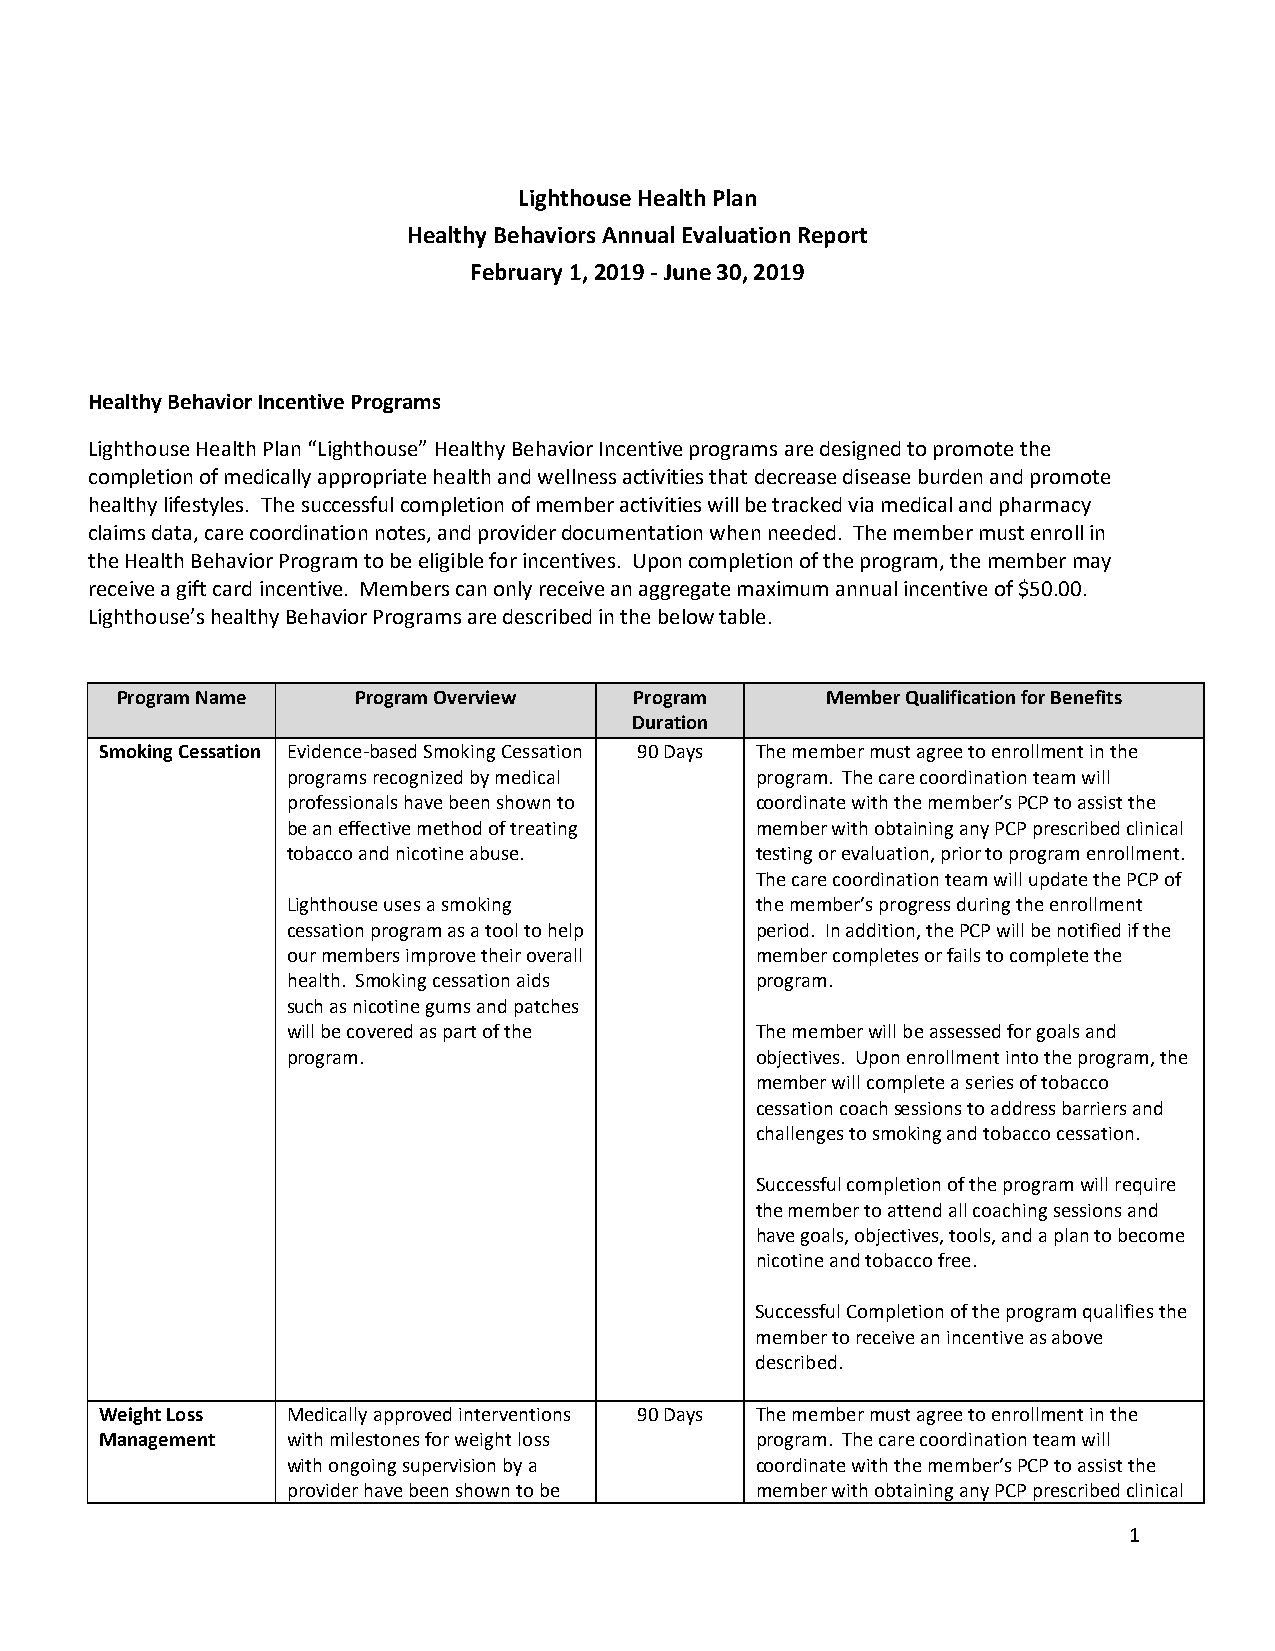
Lighthouse Health Plan
 Healthy Behaviors Annual Evaluation Report
 February 1, 2019 - June 30, 2019
 Healthy Behavior Incentive Programs
 Lighthouse Health Plan “Lighthouse” Healthy Behavior Incentive programs are designed to promote the
 completion of medically appropriate health and wellness activities that decrease disease burden and promote
 healthy lifestyles. The successful completion of member activities will be tracked via medical and pharmacy
 claims data, care coordination notes, and provider documentation when needed. The member must enroll in
 the Health Behavior Program to be eligible for incentives. Upon completion of the program, the member may
 receive a gift card incentive. Members can only receive an aggregate maximum annual incentive of $50.00.
 Lighthouse’s healthy Behavior Programs are described in the below table.
 Program Name   Program Overview   Program      Member Qualification for Benefits
 Duration
 Smoking Cessation Evidence-based Smoking Cessation 90 Days The member must agree to enrollment in the
 programs recognized by medical program. The care coordination team will
 professionals have been shown to coordinate with the member’s PCP to assist the
 be an effective method of treating member with obtaining any PCP prescribed clinical
 tobacco and nicotine abuse.    testing or evaluation, prior to program enrollment.
 The care coordination team will update the PCP of
 Lighthouse uses a smoking      the member’s progress during the enrollment
 cessation program as a tool to help period. In addition, the PCP will be notified if the
 our members improve their overall member completes or fails to complete the
 health. Smoking cessation aids program.
 such as nicotine gums and patches
 will be covered as part of the The member will be assessed for goals and
 program.                       objectives. Upon enrollment into the program, the
 member will complete a series of tobacco
 cessation coach sessions to address barriers and
 challenges to smoking and tobacco cessation.
 Successful completion of the program will require
 the member to attend all coaching sessions and
 have goals, objectives, tools, and a plan to become
 nicotine and tobacco free.
 Successful Completion of the program qualifies the
 member to receive an incentive as above
 described.
 Weight Loss Medically approved interventions 90 Days The member must agree to enrollment in the
 Management  with milestones for weight loss program. The care coordination team will
 with ongoing supervision by a  coordinate with the member’s PCP to assist the
 provider have been shown to be member with obtaining any PCP prescribed clinical
 1